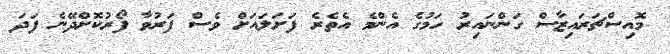
މޮއިސްޗަރައިޒާސް ގަންނައިރު ހަމުގެ އެންމެ އެތެރެ ފަށަލައަށް ވެސް ފަރުވާ ފޯރުކޮށްދޭނެ ފަދަ